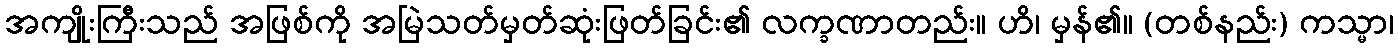
အကျိုးကြီးသည် အဖြစ်ကို အမြဲသတ်မှတ်ဆုံးဖြတ်ခြင်း၏ လက္ခဏာတည်း။ ဟိ၊ မှန်၏။ (တစ်နည်း) ကသ္မာ၊